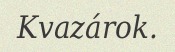
Kvazárok.